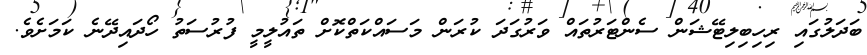
ބަދަލުގައި ރިހިބިލިޓޭޝަން ސެންޓަރުތައް ވަރުގަދަ ކުރަން މަސައްކަތްކޮށް ތައުލީމީ ފުރުސަތު ހޯދައިދޭނެ ކަމަށެވެ.